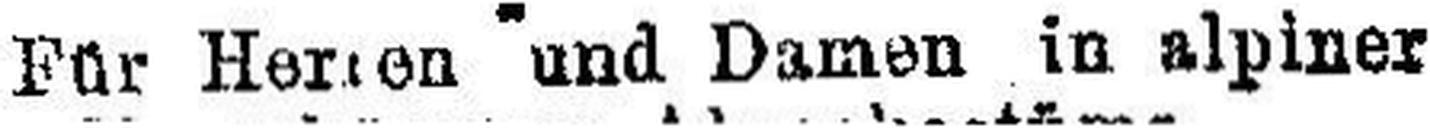
Für Herten und Damen in alpiner